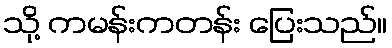
သို့ ကမန်းကတန်း ပြေးသည်။